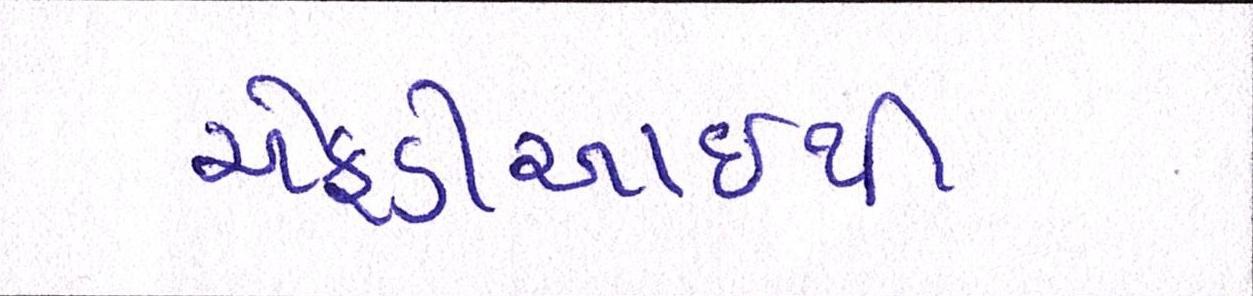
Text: એફડીઆઇથી